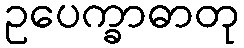
ဥပေက္ခာဓာတု